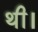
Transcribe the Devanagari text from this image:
थी।